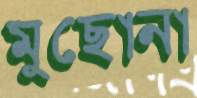
মুছোনা